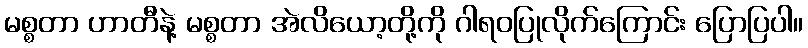
မစ္စတာ ဟာတီနဲ့ မစ္စတာ အဲလိယော့တို့ကို ဂါရဝပြုလိုက်ကြောင်း ပြောပြပါ။